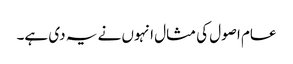
عام اصول کی مثال انہوں نے یہ دی ہے۔